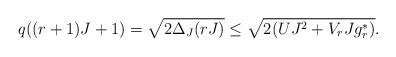
LaTeX: \begin{align*} q((r+1)J+1) = \sqrt{2\Delta_J(rJ)}\leq \sqrt{2(UJ^2 + V_r J g^*_r )}.\end{align*}